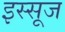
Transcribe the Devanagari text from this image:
इस्सूज